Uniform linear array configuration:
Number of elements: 8
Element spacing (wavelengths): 0.5
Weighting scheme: kaiser
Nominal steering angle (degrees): -60
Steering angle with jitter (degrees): -61.884
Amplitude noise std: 0.05
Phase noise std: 0.05

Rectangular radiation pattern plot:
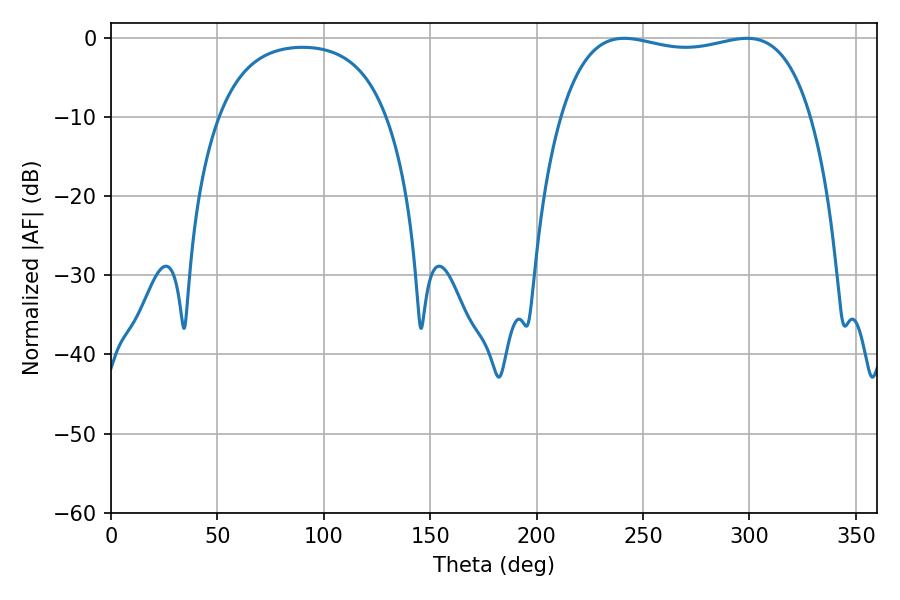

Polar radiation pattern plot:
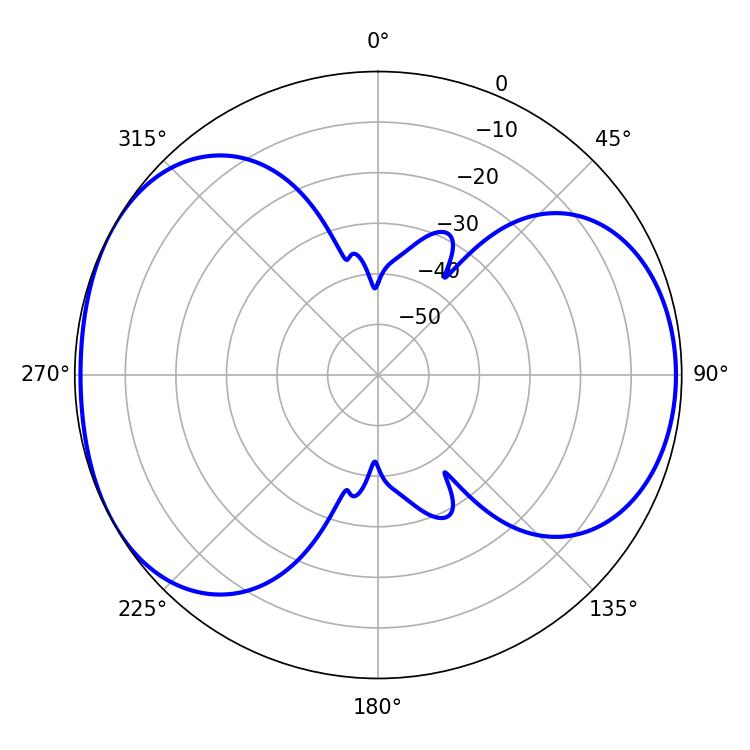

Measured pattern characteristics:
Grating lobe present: FALSE
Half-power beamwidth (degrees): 95.04
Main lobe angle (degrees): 241.2